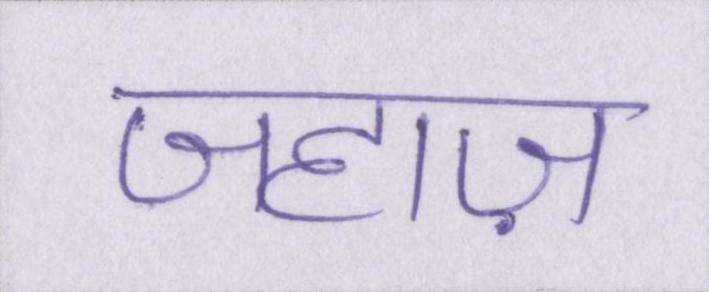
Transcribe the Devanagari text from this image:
जहाज़